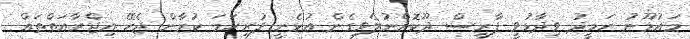
މައުމޫނު ހަމީދު ވިދާޅުވީ ފާރިސް ދޫކޮށްނުލެވިގެން އުޅެނީ ފުރިހަމަ ކުރާން ޖެހޭ އިޖްރާއަތްތައް